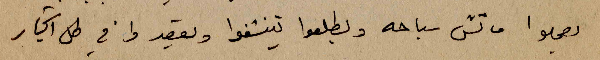
يعملوا ماتش سباحه ويطلعوا تينشفوا ويقعدوا في ظل اشجار